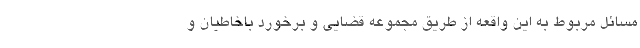
مسائل مربوط به این واقعه از طریق مجموعه قضایی و برخورد باخاطیان و